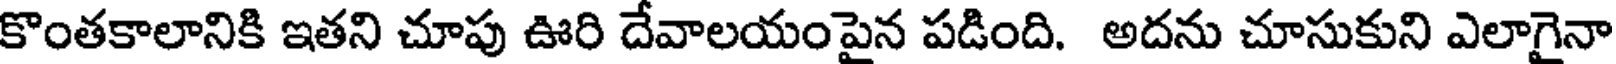
కొంతకాలానికి ఇతని చూపు ఊరి దేవాలయంపైన పడింది. అదను చూసుకుని ఎలాగైనా